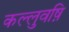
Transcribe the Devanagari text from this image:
कल्लुवष़ि